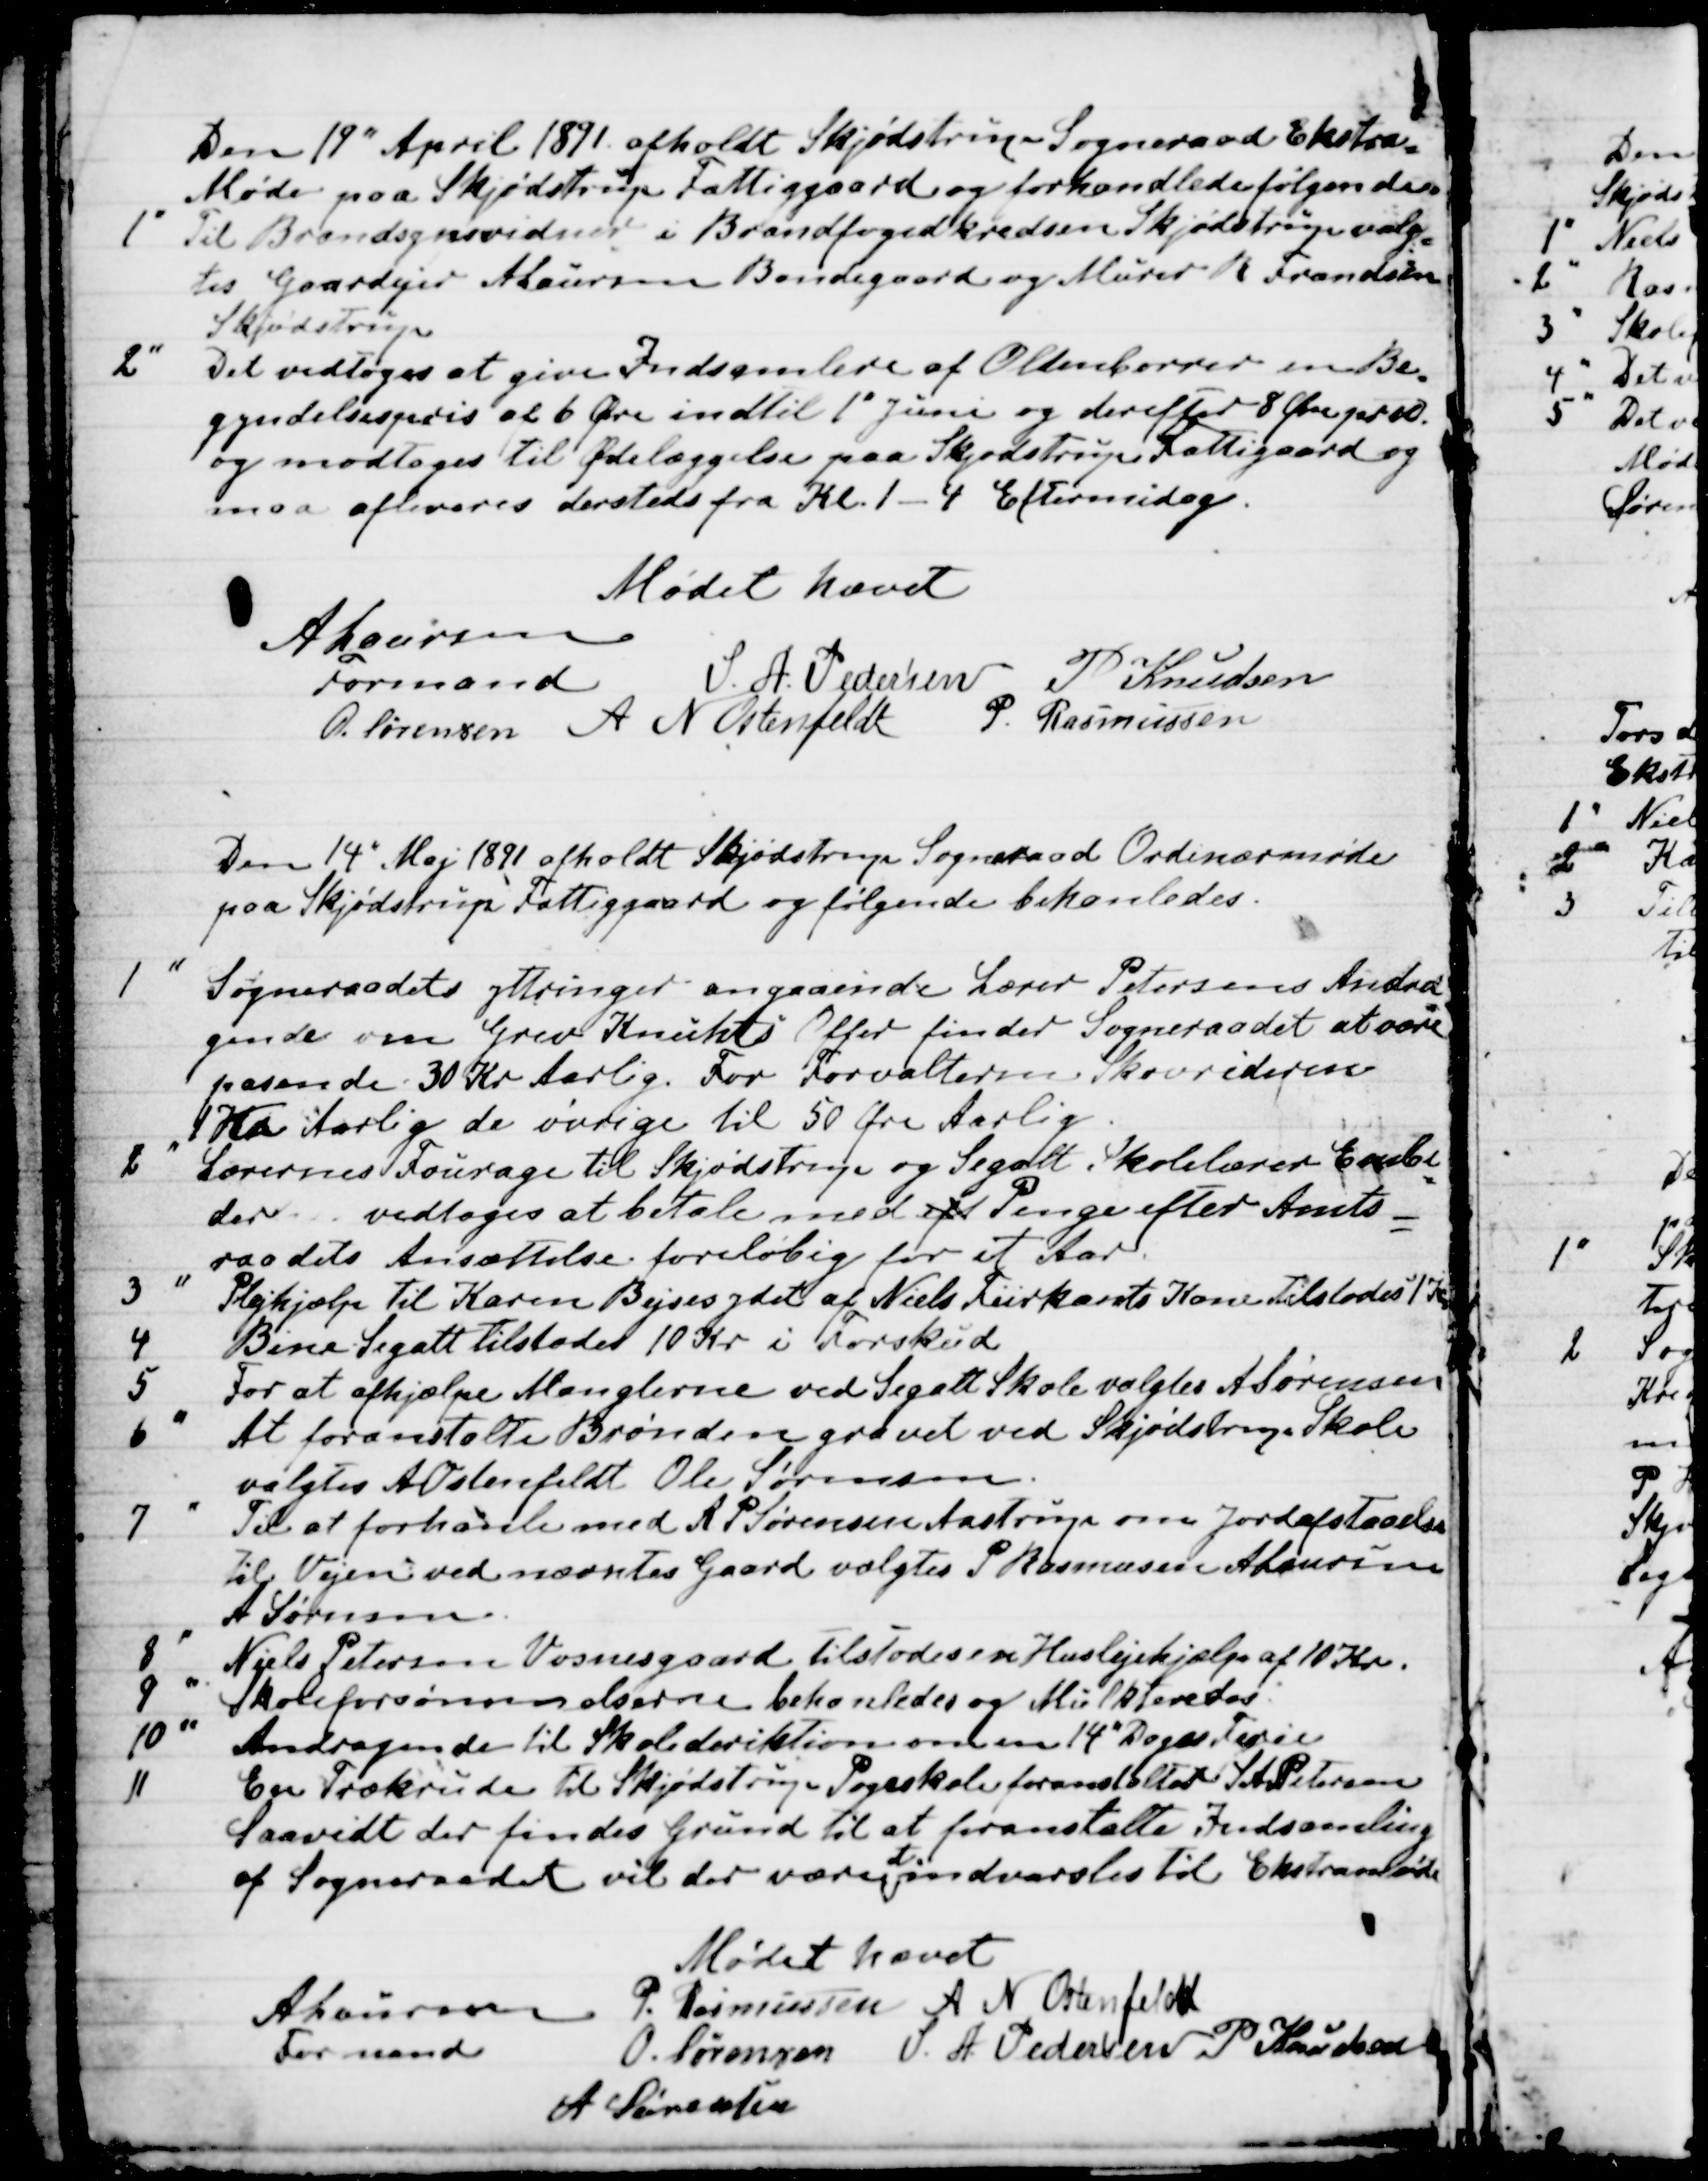
Transskription:
Den 19" April 1891 afholdt Skjødstrup Sogneraad Ekstra-
Møde paa Skjødstrup Fattiggaard og forhandlede følgende
1
Til Brandsynsvidner i Brandfogedkredsen Skjødstrup valg-
tes Gaardejer A Laursen Bondegaard og Murer R Frandsen
Skjødstrup
2
Det vedtoges at give Indsamlere af Oldenborrer en Be-
gyndelsespris af 6 Øre indtil 1' Juni og derefter 8 Øre pr ℔
og modtages til Ødelæggelse paa Skjødstrup Fattigaard og 
maa afleveres dersteds fra Kl. 1 - 4 Eftermidag.
Mødet hævet
A Laursen
Formand
S. A. Pedersen
P Knudsen
O. Sørensen A N Ostenfeld
P. Rasmussen
Den 14' Maj 1891 afholdt Skjødstrup Sogneraad Ordinærmøde
paa Skjødstrup Fattiggaard og følgende behanledes.
1
Sogneraadets yttringer angaaende Lærer Petersens Andra-
gende om Grev Knuhts Offer finder Sogneraadet at være
passende 30 Kr Aarlig. For Forvalteren Skovrideren
1 Kr Aarlig de øvrige til 50 Øre Aarlig
2
Lærernes Fourage til Skjødstrup og Segalt Skolelærer Embe-
der vedtoges at betale med eft Penge efter Amts-
raadets Ansættelse foreløbig for et Aar.
3
Plejehjælp til Karen Bejses ydet af Niels Fiirkants Kone tilstodes 1
4
Birer Segalt tilstodes 10 Kr i Forskud
5
For at afhjælpe Manglerne ved Segalt Skole valgtes A Sørensen
6
At foranstalte Brønden gravet ved Skjødstrup Skole
valgtes A Ostenfeldt Ole Sørensen.
7
Til at forhandle med A P Sørensen Aastrup om Jordafstaaelse
Til Vejen ved nævntes Gaard valgtes P Rasmussen A Laursen
A Sørensen
8
Niels Petersen Vosnesgaard tilstodes en Huslejehjælp af 10 Kr.
9
Skoleforsømmelserne behanledes og Mulkteredes
10 
Andragende til Skoledirektion om en 14" Dages Ferie
11
En Trækrude til Skjødstrup Pogeskole foranstalter S A Petersen
Saavidt der findes Grund til at foranstalte Indsamling
af Sogneraadet vil der være 
at
indvarsles til Ekstramøde
Mødet hævet
A Laursen
Formand
P. Rasmussen A N Ostenfeldt
O. Sørensen S. A. Pedersen P. Knudsen
A Sørensen